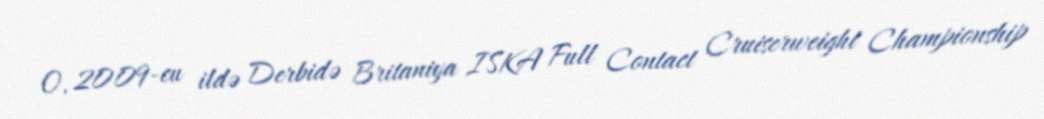
O, 2009-cu ildə Derbidə Britaniya ISKA Full Contact Cruiserweight Championship